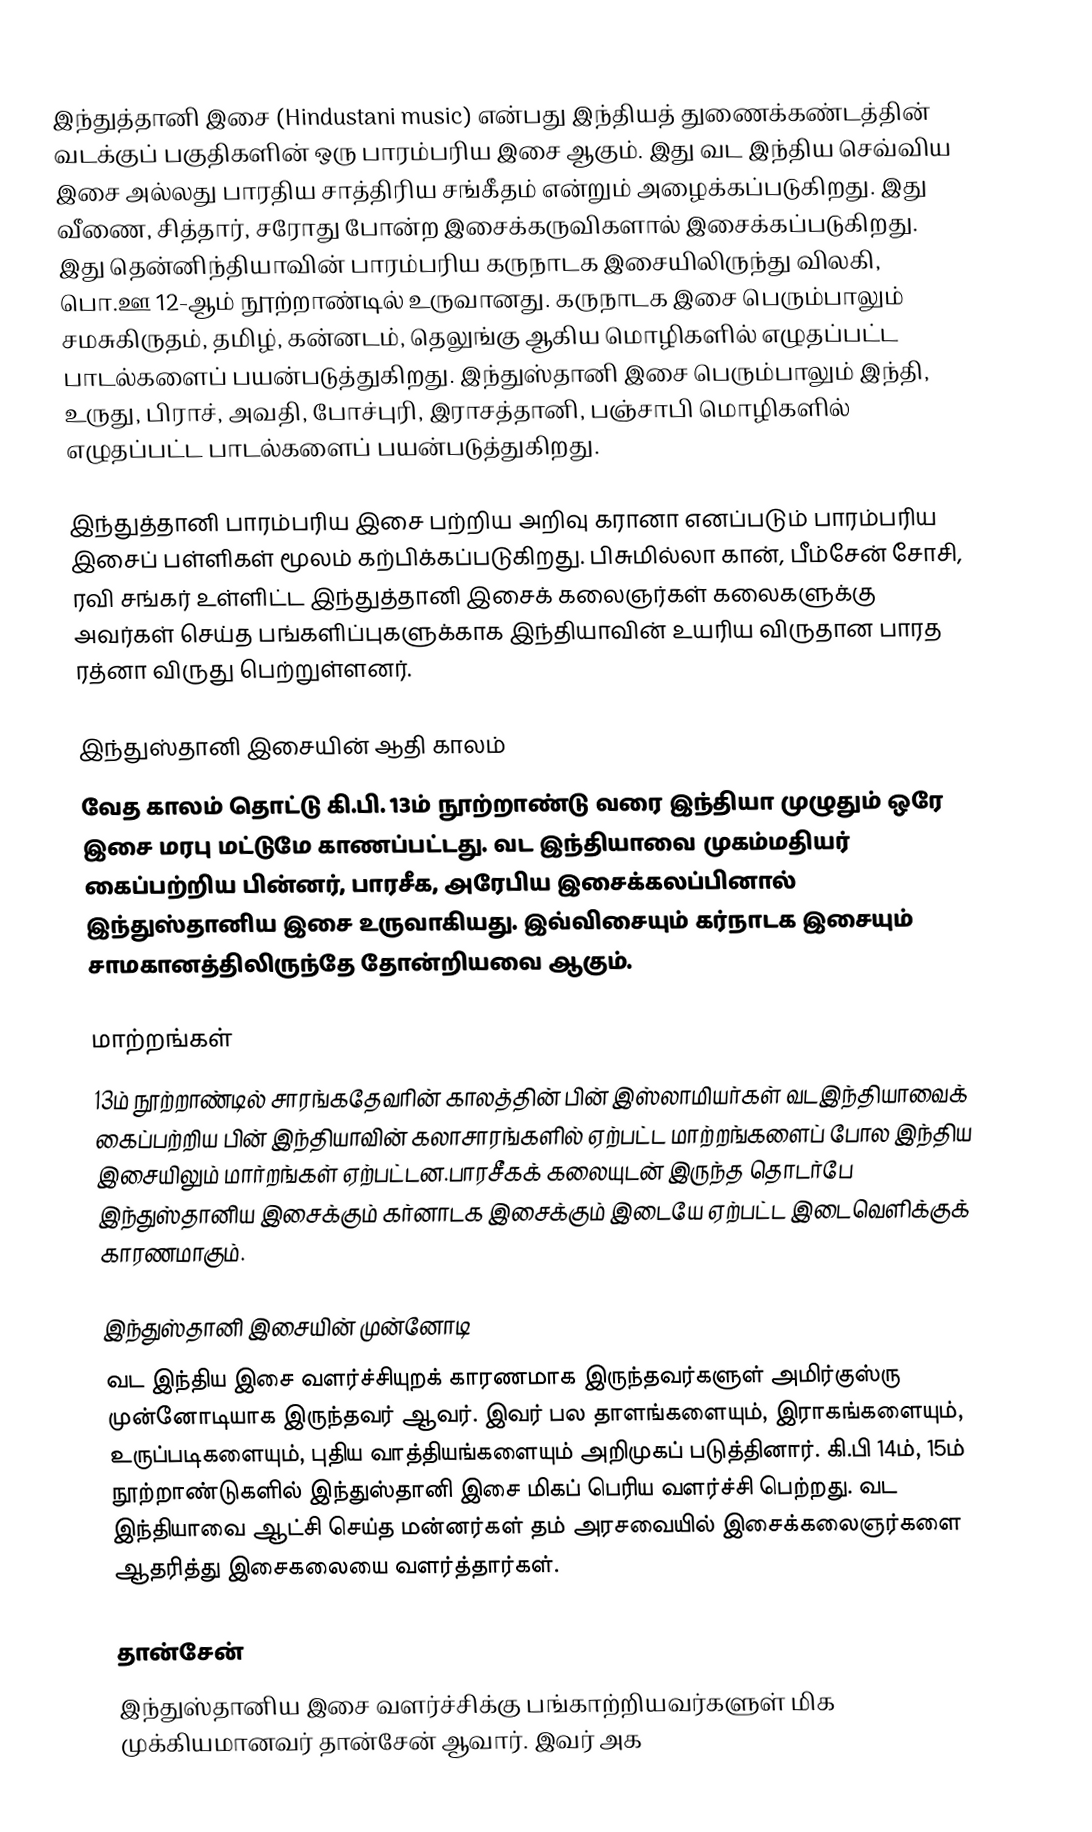
இந்துத்தானி இசை (Hindustani music) என்பது இந்தியத் துணைக்கண்டத்தின் வடக்குப் பகுதிகளின் ஒரு பாரம்பரிய இசை ஆகும். இது வட இந்திய செவ்விய இசை அல்லது பாரதிய சாத்திரிய சங்கீதம் என்றும் அழைக்கப்படுகிறது. இது வீணை, சித்தார், சரோது போன்ற இசைக்கருவிகளால் இசைக்கப்படுகிறது. இது தென்னிந்தியாவின் பாரம்பரிய கருநாடக இசையிலிருந்து விலகி, பொ.ஊ 12-ஆம் நூற்றாண்டில் உருவானது. கருநாடக இசை பெரும்பாலும் சமசுகிருதம், தமிழ், கன்னடம், தெலுங்கு ஆகிய மொழிகளில் எழுதப்பட்ட பாடல்களைப் பயன்படுத்துகிறது. இந்துஸ்தானி இசை பெரும்பாலும் இந்தி, உருது, பிராச், அவதி, போச்புரி, இராசத்தானி, பஞ்சாபி மொழிகளில் எழுதப்பட்ட பாடல்களைப் பயன்படுத்துகிறது.

இந்துத்தானி பாரம்பரிய இசை பற்றிய அறிவு கரானா எனப்படும் பாரம்பரிய இசைப் பள்ளிகள் மூலம் கற்பிக்கப்படுகிறது. பிசுமில்லா கான், பீம்சேன் சோசி, ரவி சங்கர் உள்ளிட்ட இந்துத்தானி இசைக் கலைஞர்கள் கலைகளுக்கு அவர்கள் செய்த பங்களிப்புகளுக்காக இந்தியாவின் உயரிய விருதான பாரத ரத்னா விருது பெற்றுள்ளனர்.

இந்துஸ்தானி இசையின் ஆதி காலம்
வேத காலம் தொட்டு கி.பி. 13ம் நூற்றாண்டு வரை இந்தியா முழுதும் ஒரே இசை மரபு  மட்டுமே காணப்பட்டது. வட இந்தியாவை முகம்மதியர் கைப்பற்றிய பின்னர், பாரசீக, அரேபிய இசைக்கலப்பினால் இந்துஸ்தானிய இசை உருவாகியது. இவ்விசையும் கர்நாடக இசையும் சாமகானத்திலிருந்தே தோன்றியவை ஆகும்.

மாற்றங்கள்
13ம் நூற்றாண்டில் சாரங்கதேவரின் காலத்தின் பின் இஸ்லாமியர்கள் வடஇந்தியாவைக் கைப்பற்றிய பின் இந்தியாவின் கலாசாரங்களில் ஏற்பட்ட மாற்றங்களைப் போல இந்திய இசையிலும் மார்றங்கள் ஏற்பட்டன.பாரசீகக் கலையுடன் இருந்த தொடர்பே இந்துஸ்தானிய இசைக்கும் கர்னாடக இசைக்கும் இடையே ஏற்பட்ட இடைவெளிக்குக் காரணமாகும்.

இந்துஸ்தானி இசையின் முன்னோடி
வட இந்திய இசை வளர்ச்சியுறக் காரணமாக இருந்தவர்களுள் அமிர்குஸ்ரு முன்னோடியாக இருந்தவர் ஆவர். இவர் பல தாளங்களையும், இராகங்களையும், உருப்படிகளையும், புதிய வாத்தியங்களையும் அறிமுகப் படுத்தினார். கி.பி 14ம், 15ம் நூற்றாண்டுகளில் இந்துஸ்தானி இசை மிகப் பெரிய வளர்ச்சி பெற்றது. வட இந்தியாவை ஆட்சி செய்த மன்னர்கள் தம் அரசவையில் இசைக்கலைஞர்களை ஆதரித்து இசைகலையை வளர்த்தார்கள்.

தான்சேன்
இந்துஸ்தானிய இசை வளர்ச்சிக்கு பங்காற்றியவர்களுள் மிக முக்கியமானவர் தான்சேன் ஆவார். இவர் அக